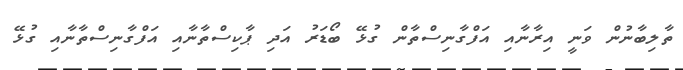
ތާލިބާނުން ވަނީ އިރާނާއި އަފްގާނިސްތާާން ގުޅޭ ބޯޑަރު އަދި ޕާކިސްތާނާއި އަފްގާނިސްތާނާއި ގުޅޭ